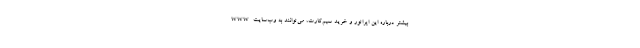
بیشتر درباره این اپراتور و خرید سیم‌کارت، می‌توانند به وب‌سایتwww